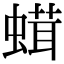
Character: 𧎣